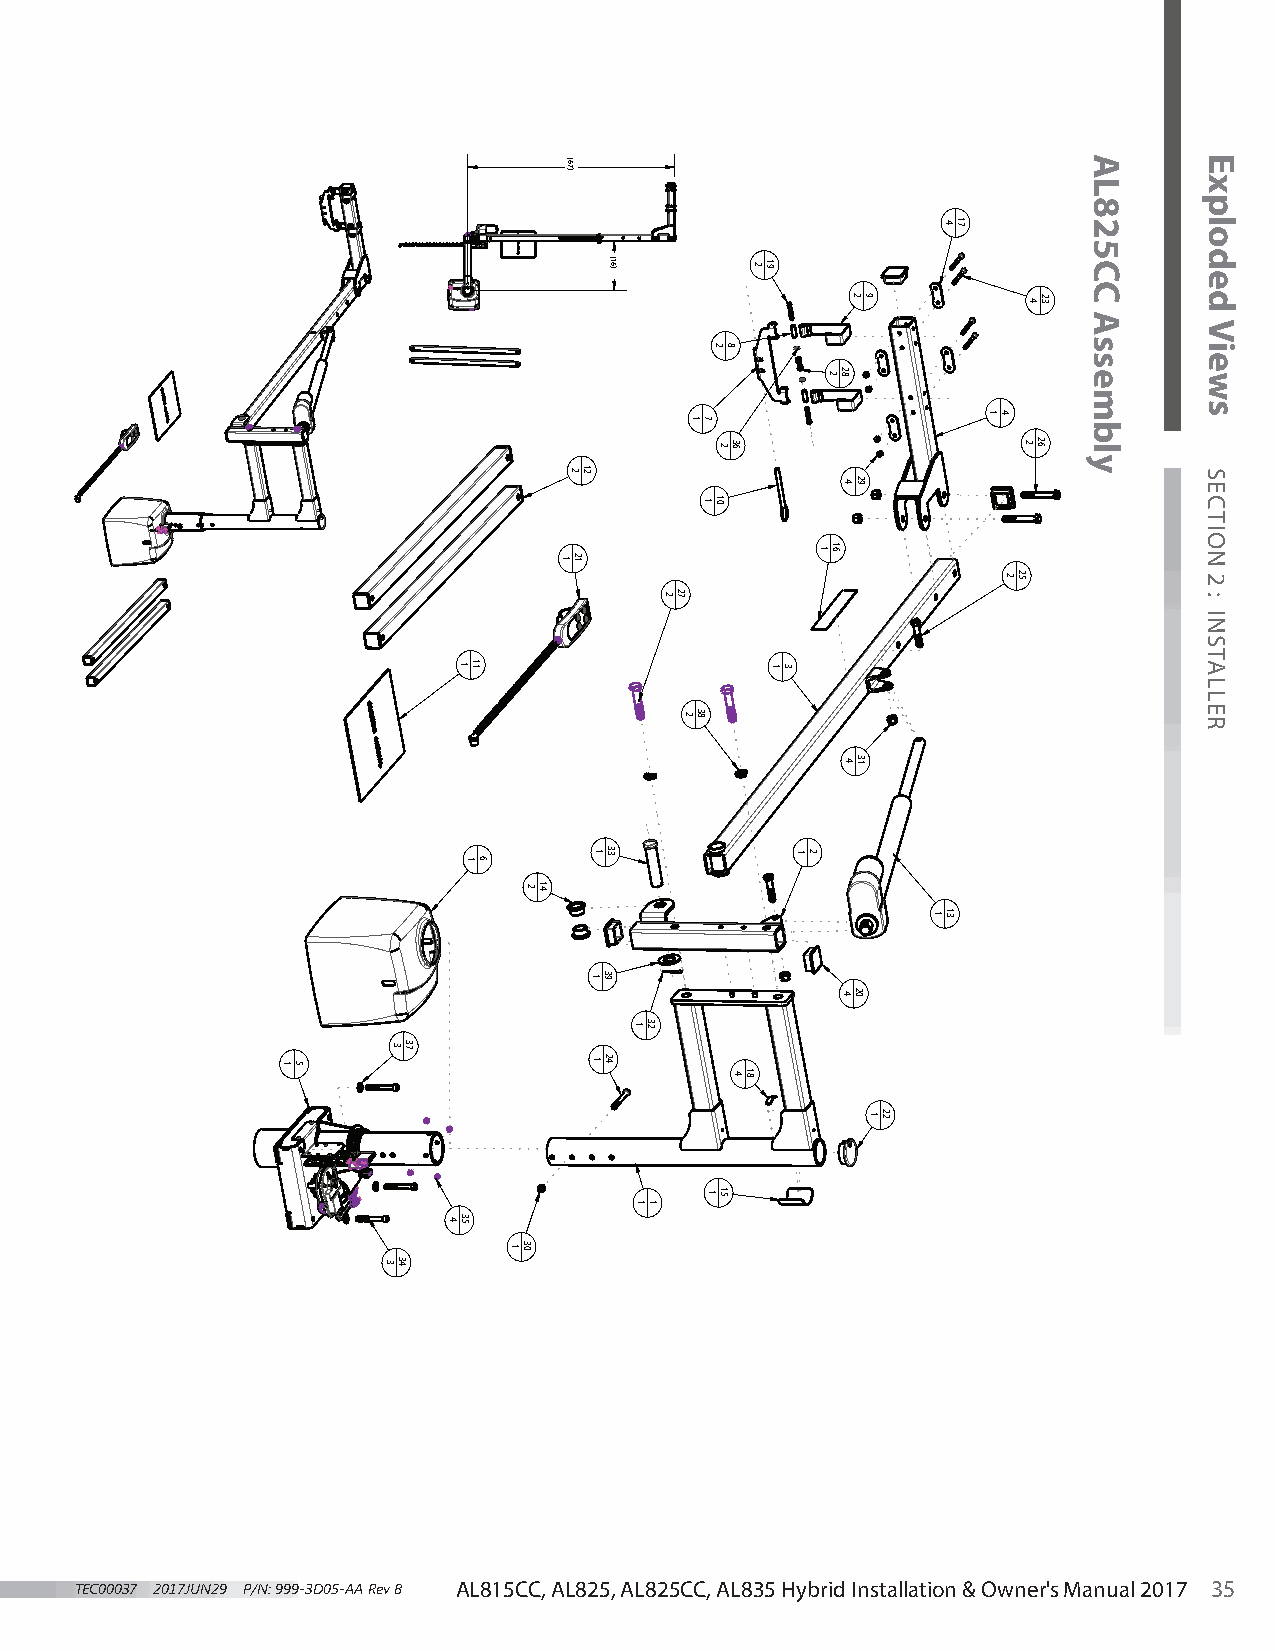
TTEECC0000003377 22001177JJUUNN2299 PP//NN:: 99999A9--3L3DD800155-5-AACAA C RRee,v vA BBL 825, AALL882155CCCC,, AALL883255 ,H AyLb8r2id5 CInCs, tAaLll8a3ti5o nH &yb Oriwd nInesrt'sa lMlaatinouna &l 2 O0w14ner's Manual 2017 3 33555
 1 5
 3
 3
 34
 37
 4
 11 1
 1
 35
 6
 1
 2
 30
 14
 (67)
 2
 21 1
 12
 1
 1
 1
 (16)
 33
 39
 24
 1
 1
 32
 1
 2 27
 2
 1
 38
 7
 1
 1
 2
 2
 10
 15
 8
 36
 4 18
 2 19
 1 3
 1 2
 1
 2
 16
 28
 4
 4
 4
 2
 29
 31
 20
 9
 1 22
 1
 4
 13
 17
 1 4
 2 25
 4
 2
 23
 26
 AL825CC
 Assembly
 Exploded
 Views
 SECTION
 2
 :
 INSTALLER